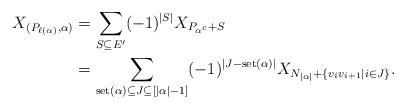
LaTeX: \begin{align*} X_{(P_{\ell(\alpha)},\alpha)} &= \sum_{S\subseteq E'} (-1)^{|S|} X_{P_{\alpha^c}+S}\\ &=\sum_{\textup{set}(\alpha)\subseteq J \subseteq[|\alpha|-1]} (-1)^{|J-\textup{set}(\alpha)|} X_{N_{|\alpha|}+\{v_iv_{i+1}\mid i\in J\}}.\end{align*}